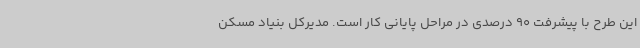
این طرح با پیشرفت 90 درصدی در مراحل پایانی کار است. مدیرکل بنیاد مسکن